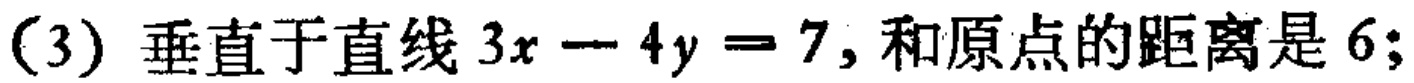
(3) 垂直于直线 \(3x - 4y = 7\), 和原点的距离是 \(6\);